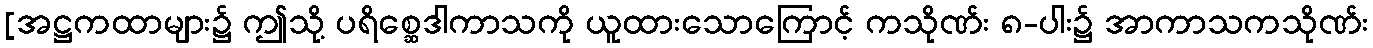
[အဋ္ဌကထာများ၌ ဤသို့ ပရိစ္ဆေဒါကာသကို ယူထားသောကြောင့် ကသိုဏ်း ၈-ပါး၌ အာကာသကသိုဏ်း